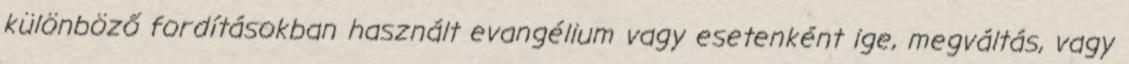
különböző fordításokban használt evangélium vagy esetenként ige, megváltás, vagy